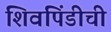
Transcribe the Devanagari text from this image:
शिवपिंडीची